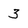
Character: 3